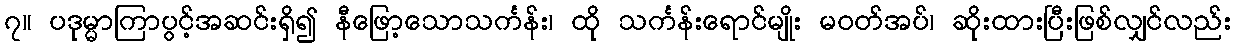
၇။ ပဒုမ္မာကြာပွင့်အဆင်းရှိ၍ နီဖြော့သောသင်္ကန်း၊ ထို သင်္ကန်းရောင်မျိုး မဝတ်အပ်၊ ဆိုးထားပြီးဖြစ်လျှင်လည်း